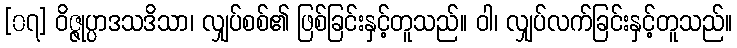
[၀၇] ဝိဇ္ဇုပ္ပာဒသဒိသာ၊ လျှပ်စစ်၏ ဖြစ်ခြင်းနှင့်တူသည်။ ဝါ၊ လျှပ်လက်ခြင်းနှင့်တူသည်။